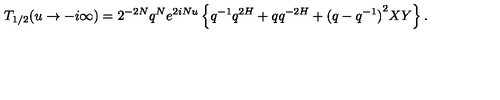
T _ { 1 / 2 } ( u \rightarrow - i \infty ) = 2 ^ { - 2 N } q ^ { N } e ^ { 2 i N u } \left\{ q ^ { - 1 } q ^ { 2 H } + q q ^ { - 2 H } + { ( q - q ^ { - 1 } ) } ^ { 2 } X Y \right\} .